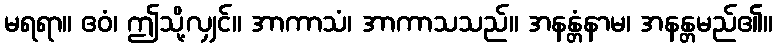
မရရာ။ ဧဝံ၊ ဤသို့လျှင်။ အာကာသံ၊ အာကာသသည်။ အနန္တံနာမ၊ အနန္တမည်၏။